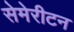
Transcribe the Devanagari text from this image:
सेमेरीटन